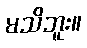
မသိဘူး။